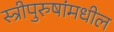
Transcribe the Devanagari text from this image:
स्त्रीपुरुषांमधील